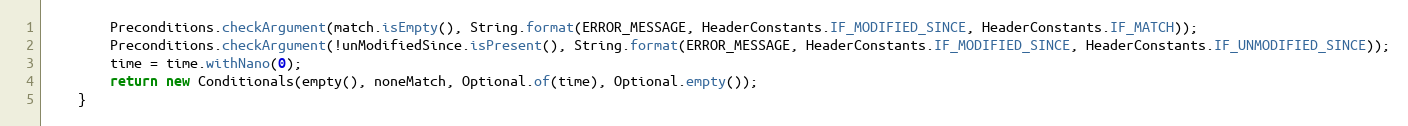
Language: Java
        Preconditions.checkArgument(match.isEmpty(), String.format(ERROR_MESSAGE, HeaderConstants.IF_MODIFIED_SINCE, HeaderConstants.IF_MATCH));
        Preconditions.checkArgument(!unModifiedSince.isPresent(), String.format(ERROR_MESSAGE, HeaderConstants.IF_MODIFIED_SINCE, HeaderConstants.IF_UNMODIFIED_SINCE));
        time = time.withNano(0);
        return new Conditionals(empty(), noneMatch, Optional.of(time), Optional.empty());
    }